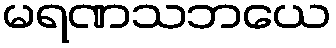
မရဏသဘယေ